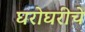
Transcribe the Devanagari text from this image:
घरोघरीचे